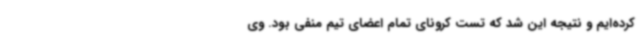
کرده‌ایم و نتیجه این شد که تست کرونای تمام اعضای تیم منفی بود. وی